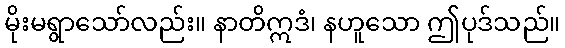
မိုးမရွာသော်လည်း။ နာတိဣဒံ၊ နဟူသော ဤပုဒ်သည်။